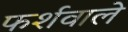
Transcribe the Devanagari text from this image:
फर्शवाले